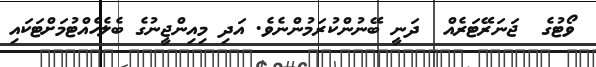
ވޯޓުގެ  ޖަނަރޭޓަރެއް  ދަނީ ބޭނުންކުރަމުންނެވެ. އަދި މިއިންޖީނުގެ ބެލެހެއްޓުމަށްޓަކައި